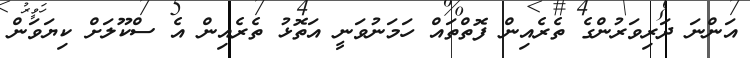
އަންނަ ދަރިވަރުންގެ ތެރެއިން ފޮތްތައް ހަމަނުވަނީ އަތޮޅު ތެރެއިން އެ ސްކޫލަށް ކިޔަވަން